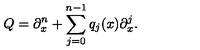
Q = \partial _ { x } ^ { n } + \sum _ { j = 0 } ^ { n - 1 } q _ { j } ( x ) \partial _ { x } ^ { j } .